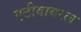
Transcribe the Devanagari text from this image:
एटीवायरल